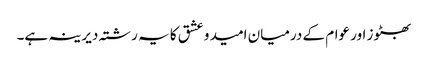
بھٹوز اور عوام کے درمیان امید و عشق کا یہ رشتہ دیرینہ ہے۔